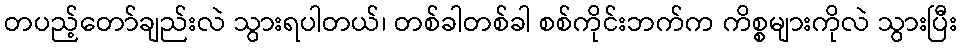
တပည့်တော်ချည်းလဲ သွားရပါတယ်၊ တစ်ခါတစ်ခါ စစ်ကိုင်းဘက်က ကိစ္စများကိုလဲ သွားပြီး